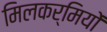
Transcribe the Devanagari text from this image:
मिलकर्मियों